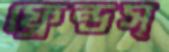
ফ্রেন্ডস্